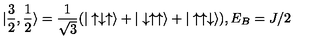
| \frac { 3 } { 2 } , \frac { 1 } { 2 } \rangle = \frac { 1 } { \sqrt { 3 } } ( | \uparrow \downarrow \uparrow \rangle + | \downarrow \uparrow \uparrow \rangle + | \uparrow \uparrow \downarrow \rangle ) , E _ { B } = J / 2